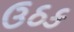
ઉઠક